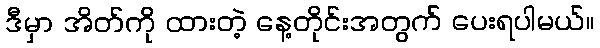
ဒီမှာ အိတ်ကို ထားတဲ့ နေ့တိုင်းအတွက် ပေးရပါမယ်။